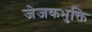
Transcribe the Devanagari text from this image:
जेजकभुक्ति